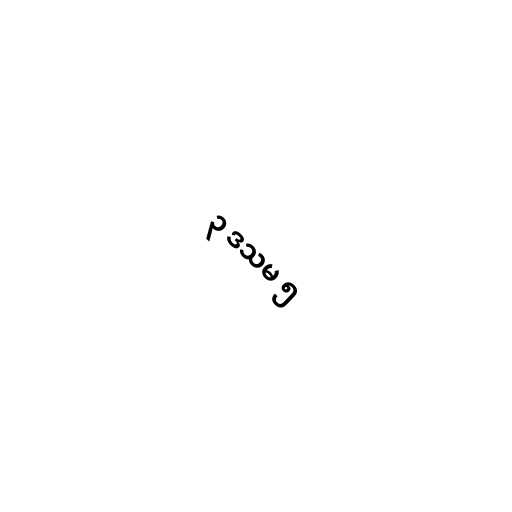
၃ ဒသမ ၅